Civil Veterinary Dept. Bombay admin report 1932-41 - 1932-1941
Year: 1932
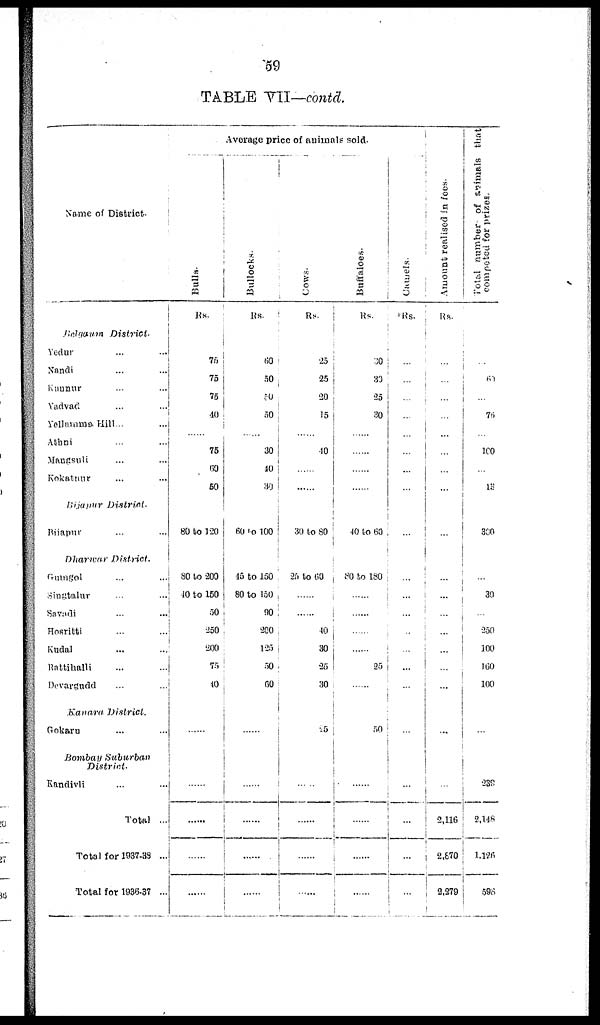
59
TABLE VII—contd.
Name of District.
Belgaum
District.
Yedur ... ...
Nandi ... ...
Kunnur ... ...
Yadvad ... ...
Yellamma Hill... ...
Athni ... ...
Mangsuli ... ...
Kokatuur ... ...
Bijapur
District.
Bilapur ... ...
Dharawar
District.
Gumgol ... ...
Singtalur ... ...
Savadi ... ...
Hosritti ... ...
Kudal ... ...
Rattihalli ... ...
Devargudd ... ...
Kanara
District.
Gokarn ... ...
Bombay
Suburban
District.
Kandivli ... ...
Total ...
Total for 1937-33 ...
Total for 1936-37 ...
Average price of animals sold.
Bulls.
Rs.
75
75
75
40
75
60
50
80 to 120
80 to 200
40 to 150
50
250
200
75
40
...
......
......
......
Bullocks.
Rs.
60
50
50
50
30
10
30
60 to 100
15 to 150
80 to 150
90
200
125
50
60
...
......
......
......
......
Rs.
25
25
20
15
40
......
......
30 to 80
25 to 60
......
......
40
30
25
30
25
......
......
......
......
Buffaloes.
Rs.
30
30
25
30
...
...
...
40 to 60
80 to 180
......
......
......
25
......
50
...
......
......
......
......
Camels.
Rs.
...
...
...
...
...
...
...
...
...
...
...
...
...
...
...
...
...
...
...
...
Amount
realised in fees.
Rs.
...
...
...
...
...
...
...
...
...
...
...
...
...
...
...
...
...
2,116
2,670
2,279
Total number of animals that
competed for prizes.
...
60
...
76
160
...
13
300
...
30
...
250
100
160
100
...
230
2,148
1,126
598